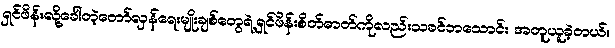
ရှင်ဖိန်းလို့ခေါ်တဲ့တော်လှန်ရေးမျိုးချစ်တွေရဲ့ရှင်ဖိန်းစိတ်ဓာတ်ကိုလည်းသခင်ဘသောင်း အတူယူခဲ့တယ်။